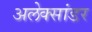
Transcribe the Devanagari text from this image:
अलेक्सांडर